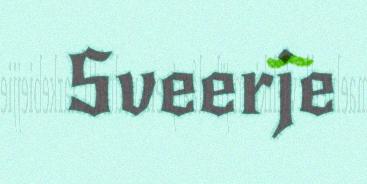
Sveerje